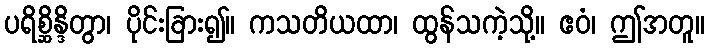
ပရိစ္ဆိန္ဒိတွာ၊ ပိုင်းခြား၍။ ကသတိယထာ၊ ထွန်သကဲ့သို့။ ဧဝံ၊ ဤအတူ။